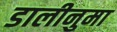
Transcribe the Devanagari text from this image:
डालीनुमा